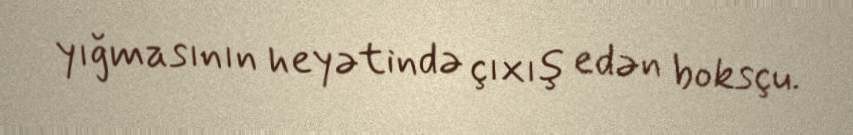
yığmasının heyətində çıxış edən boksçu.